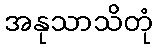
အနုသာသိတုံ